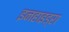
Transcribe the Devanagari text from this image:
इनहाइड्रा